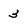
Character: 3